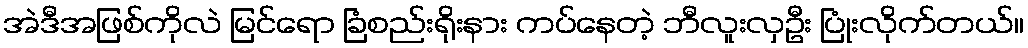
အဲဒီအဖြစ်ကိုလဲ မြင်ရော ခြံစည်းရိုးနား ကပ်နေတဲ့ ဘီလူးလှဦး ပြုံးလိုက်တယ်။